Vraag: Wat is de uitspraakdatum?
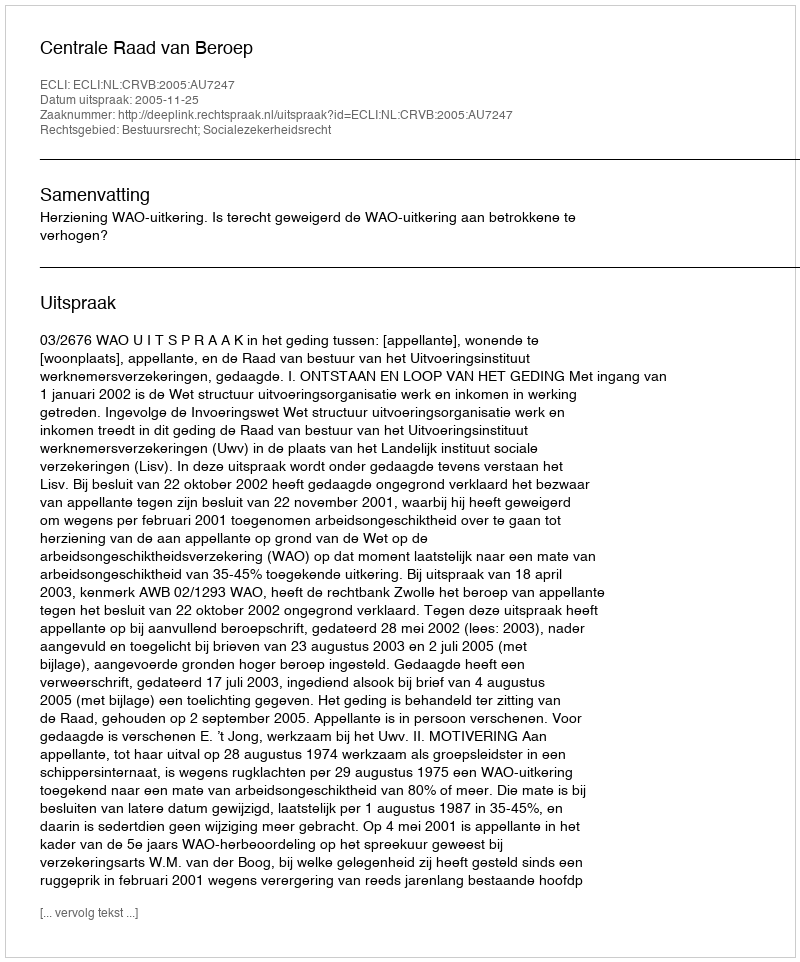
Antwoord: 2005-11-25